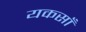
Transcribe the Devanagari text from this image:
यकसाँ